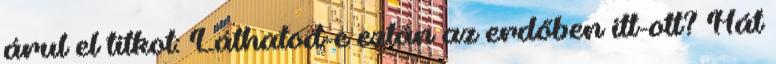
árul el titkot: Láthatod-e eztán az erdőben itt-ott? Hát